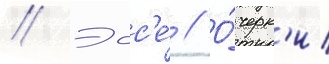
// Эсс'е́ // О́черк'и